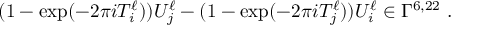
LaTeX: ( 1 - \exp ( - 2 \pi i T _ { i } ^ { \ell } ) ) U _ { j } ^ { \ell } - ( 1 - \exp ( - 2 \pi i T _ { j } ^ { \ell } ) ) U _ { i } ^ { \ell } \in \Gamma ^ { 6 , 2 2 } ~ .